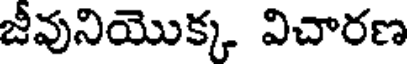
జీవునియొక్క విచారణ